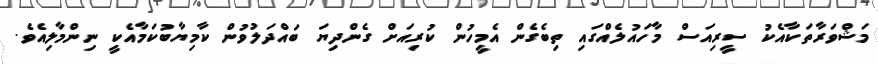
މަޝްވަރާތަކާއެކު ސީރިއަސް މާހައުލެއްގައި ތިބެގެން އެމީހުން ކުރިއަށް ގެންދިޔަ ބައްދަލުވުން ކާމިޔާބުކަމާއެކީ ނިންމާލިއެވެ.